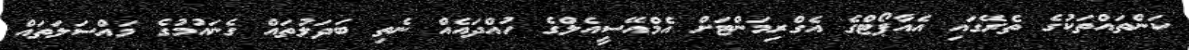
ކަންތައްތަކުގެ ތެރޭގައި އެއާޕޯޓްގެ އެގްރިމަންޓަށް އެމްއޭސީއެލްގެ ހުއްދައެއް ނެތި ބަދަލުތައް ގެނައުމުގެ މައްސަލަތައް